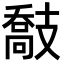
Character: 𢻤